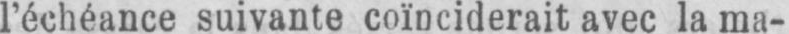
l’échéance suivante coïnciderait avec la ma-